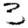
Digit: 3